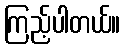
ကြည့်ပါတယ်။